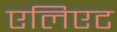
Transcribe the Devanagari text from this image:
एलिएट